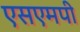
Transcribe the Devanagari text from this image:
एसएमपी